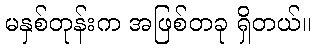
မနှစ်တုန်းက အဖြစ်တခု ရှိတယ်။